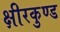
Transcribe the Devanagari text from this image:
क्षीरकुण्ड